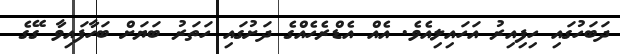
ދަބަހުގައި ހިފިއިރު އަހައިލިއެވެ. އެއް އެޑްރެހެއްގެ ދަށުގައި ހަތަރު ބަޔަށް ބަހާފައިވާ ގޭގެ